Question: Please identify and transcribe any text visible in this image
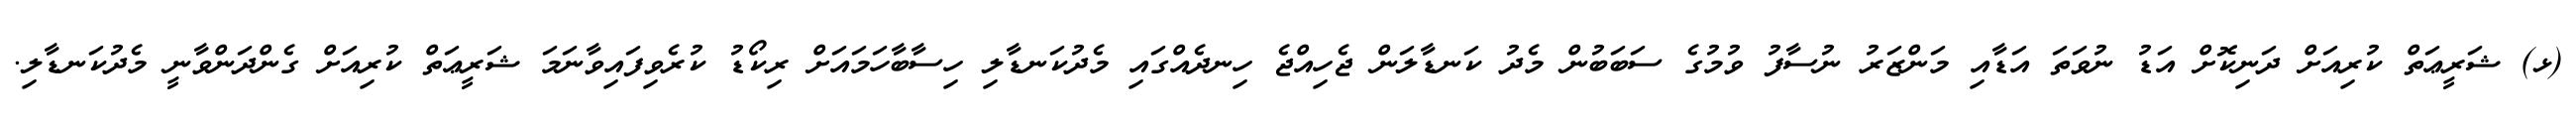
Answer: (ޅ) ޝަރީޢަތް ކުރިއަށް ދަނިކޮށް އަޑު ނުވަތަ އަޑާއި މަންޒަރު ނުސާފު ވުމުގެ ސަބަބުން މެދު ކަނޑާލަން ޖެހިއްޖެ ހިނދެއްގައި މެދުކަނޑާލި ހިސާބާހަމައަށް ރިކޯޑު ކުރެވިފައިވާނަމަ ޝަރީޢަތް ކުރިއަށް ގެންދަންވާނީ މެދުކަނޑާލި.